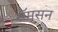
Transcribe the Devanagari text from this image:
सॅमसन